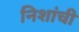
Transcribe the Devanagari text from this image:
निशांची